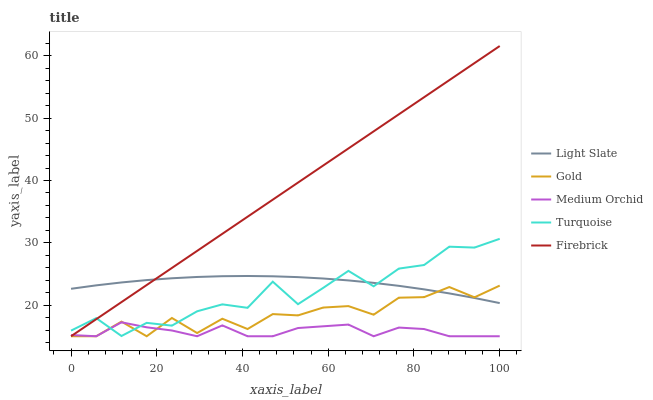
| xaxis_label | Light Slate | Gold | Medium Orchid | Turquoise | Firebrick |
 | --- | --- | --- | --- | --- | --- |
 | 0 | 22.6 | 15 | 15.2 | 15.9 | 15 |
 | 5.88 | 23.2 | 15 | 15 | 17.9 | 17.7 |
 | 11.8 | 23.6 | 17.3 | 17.2 | 15 | 20.5 |
 | 17.6 | 24 | 15 | 16.4 | 17.2 | 23.2 |
 | 23.5 | 24.3 | 17.9 | 15.9 | 16.7 | 26 |
 | 29.4 | 24.5 | 15.5 | 15 | 19 | 28.7 |
 | 35.3 | 24.6 | 17.8 | 16.7 | 20.1 | 31.4 |
 | 41.2 | 24.7 | 16.2 | 15 | 19.6 | 34.2 |
 | 47.1 | 24.6 | 18.6 | 15 | 23.8 | 36.9 |
 | 52.9 | 24.5 | 18.3 | 16.3 | 20.1 | 39.7 |
 | 58.8 | 24.3 | 19.6 | 16.6 | 22.8 | 42.4 |
 | 64.7 | 24 | 19.8 | 16.9 | 25.5 | 45.1 |
 | 70.6 | 23.6 | 18.5 | 15 | 23 | 47.9 |
 | 76.5 | 23.1 | 21.2 | 16.4 | 25.9 | 50.6 |
 | 82.4 | 22.5 | 21.3 | 16.2 | 26.4 | 53.4 |
 | 88.2 | 21.9 | 22.9 | 15 | 29.4 | 56.1 |
 | 94.1 | 21.1 | 21.2 | 15 | 29.2 | 58.8 |
 | 100 | 20.3 | 23.1 | 15 | 30.6 | 61.6 |